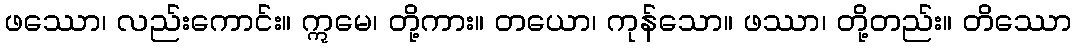
ဖဿော၊ လည်းကောင်း။ ဣမေ၊ တို့ကား။ တယော၊ ကုန်သော။ ဖဿာ၊ တို့တည်း။ တိဿော